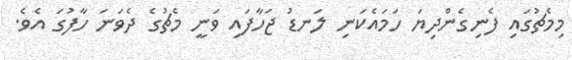
މިމެޗުގައި ފެނިގެންދިޔަ ހަމައެކަނި ލަނޑު ޖަހާފައި ވަނީ މެޗުގެ ދެވަނަ ހާފުގަ އެވެ.